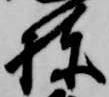
棟